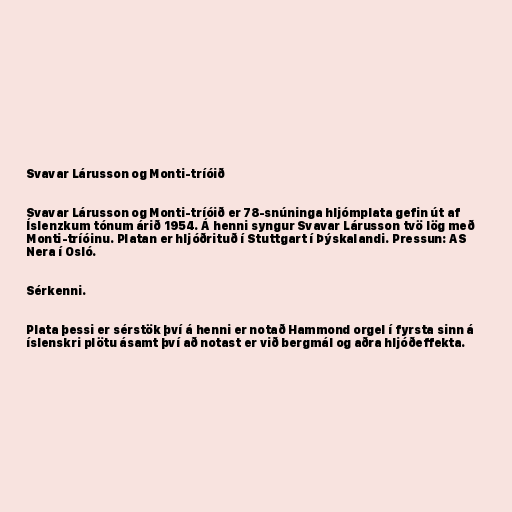
Svavar Lárusson og Monti-tríóið

Svavar Lárusson og Monti-tríóið er 78-snúninga hljómplata gefin út af
Íslenzkum tónum árið 1954. Á henni syngur Svavar Lárusson tvö lög með
Monti-tríóinu. Platan er hljóðrituð í Stuttgart í Þýskalandi. Pressun: AS
Nera í Osló.

Sérkenni.

Plata þessi er sérstök því á henni er notað Hammond orgel í fyrsta sinn á
íslenskri plötu ásamt því að notast er við bergmál og aðra hljóðeffekta.